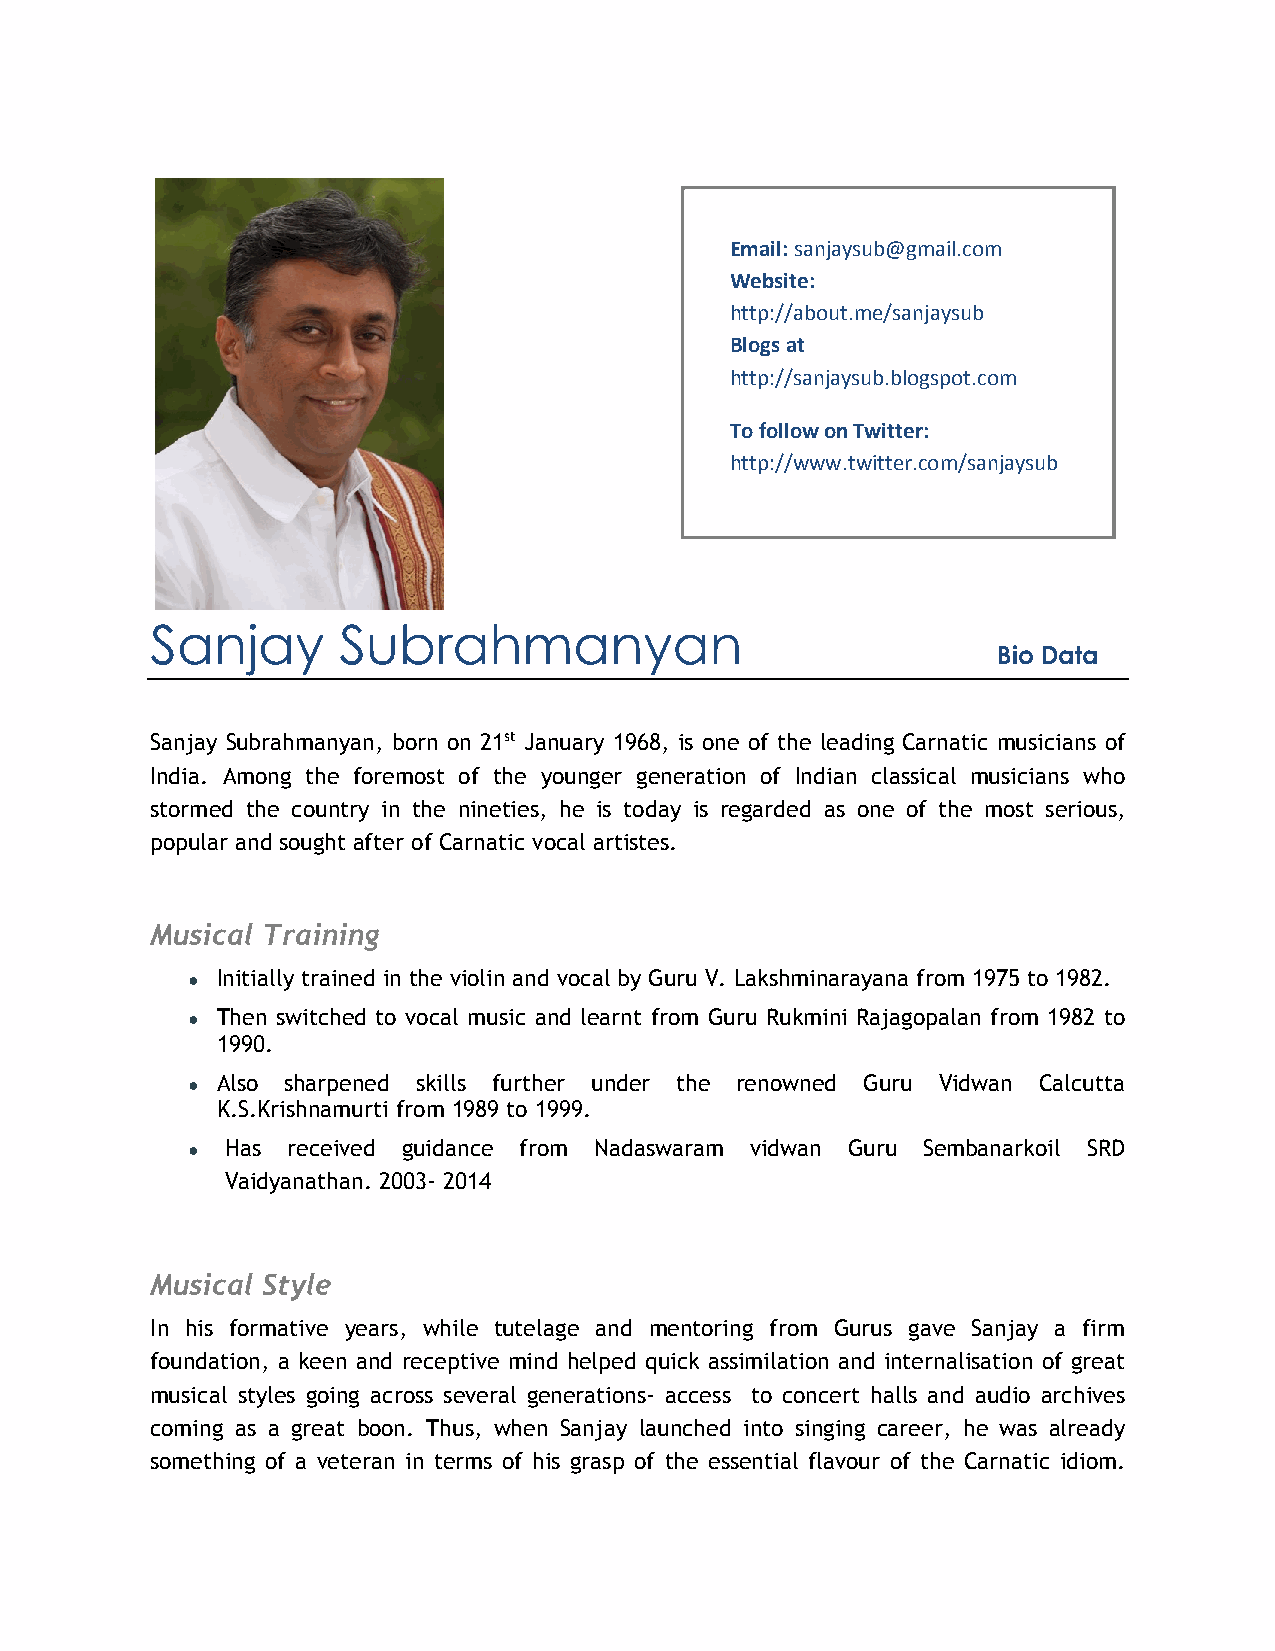
Email: sanjaysub@gmail.com
 Website:
 http://about.me/sanjaysub
 Blogs at
 http://sanjaysub.blogspot.com
 To follow on Twitter:
 http://www.twitter.com/sanjaysub
 Sanjay      Subrahmanyan
 Bio Data
 Sanjay Subrahmanyan, born on 21st January 1968, is one of the leading Carnatic musicians of
 India. Among the foremost of the younger generation of Indian classical musicians who
 stormed the country in the nineties, he is today is regarded as one of the most serious,
 popular and sought after of Carnatic vocal artistes.
 Musical Training
 ● Initially trained in the violin and vocal by Guru V. Lakshminarayana from 1975 to 1982.
 ● Then switched to vocal music and learnt from Guru Rukmini Rajagopalan from 1982 to
 1990.
 ● Also sharpened skills further under the renowned Guru Vidwan Calcutta
 K.S.Krishnamurti from 1989 to 1999.
 ●  Has received guidance from Nadaswaram vidwan Guru Sembanarkoil SRD
 Vaidyanathan. 2003- 2014
 Musical Style
 In his formative years, while tutelage and mentoring from Gurus gave Sanjay a firm
 foundation, a keen and receptive mind helped quick assimilation and internalisation of great
 musical styles going across several generations- access to concert halls and audio archives
 coming as a great boon. Thus, when Sanjay launched into singing career, he was already
 something of a veteran in terms of his grasp of the essential flavour of the Carnatic idiom.